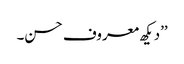
’’دیکھ معروف حسن۔